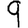
Digit: 9